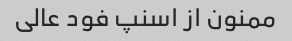
ممنون از اسنپ فود عالی